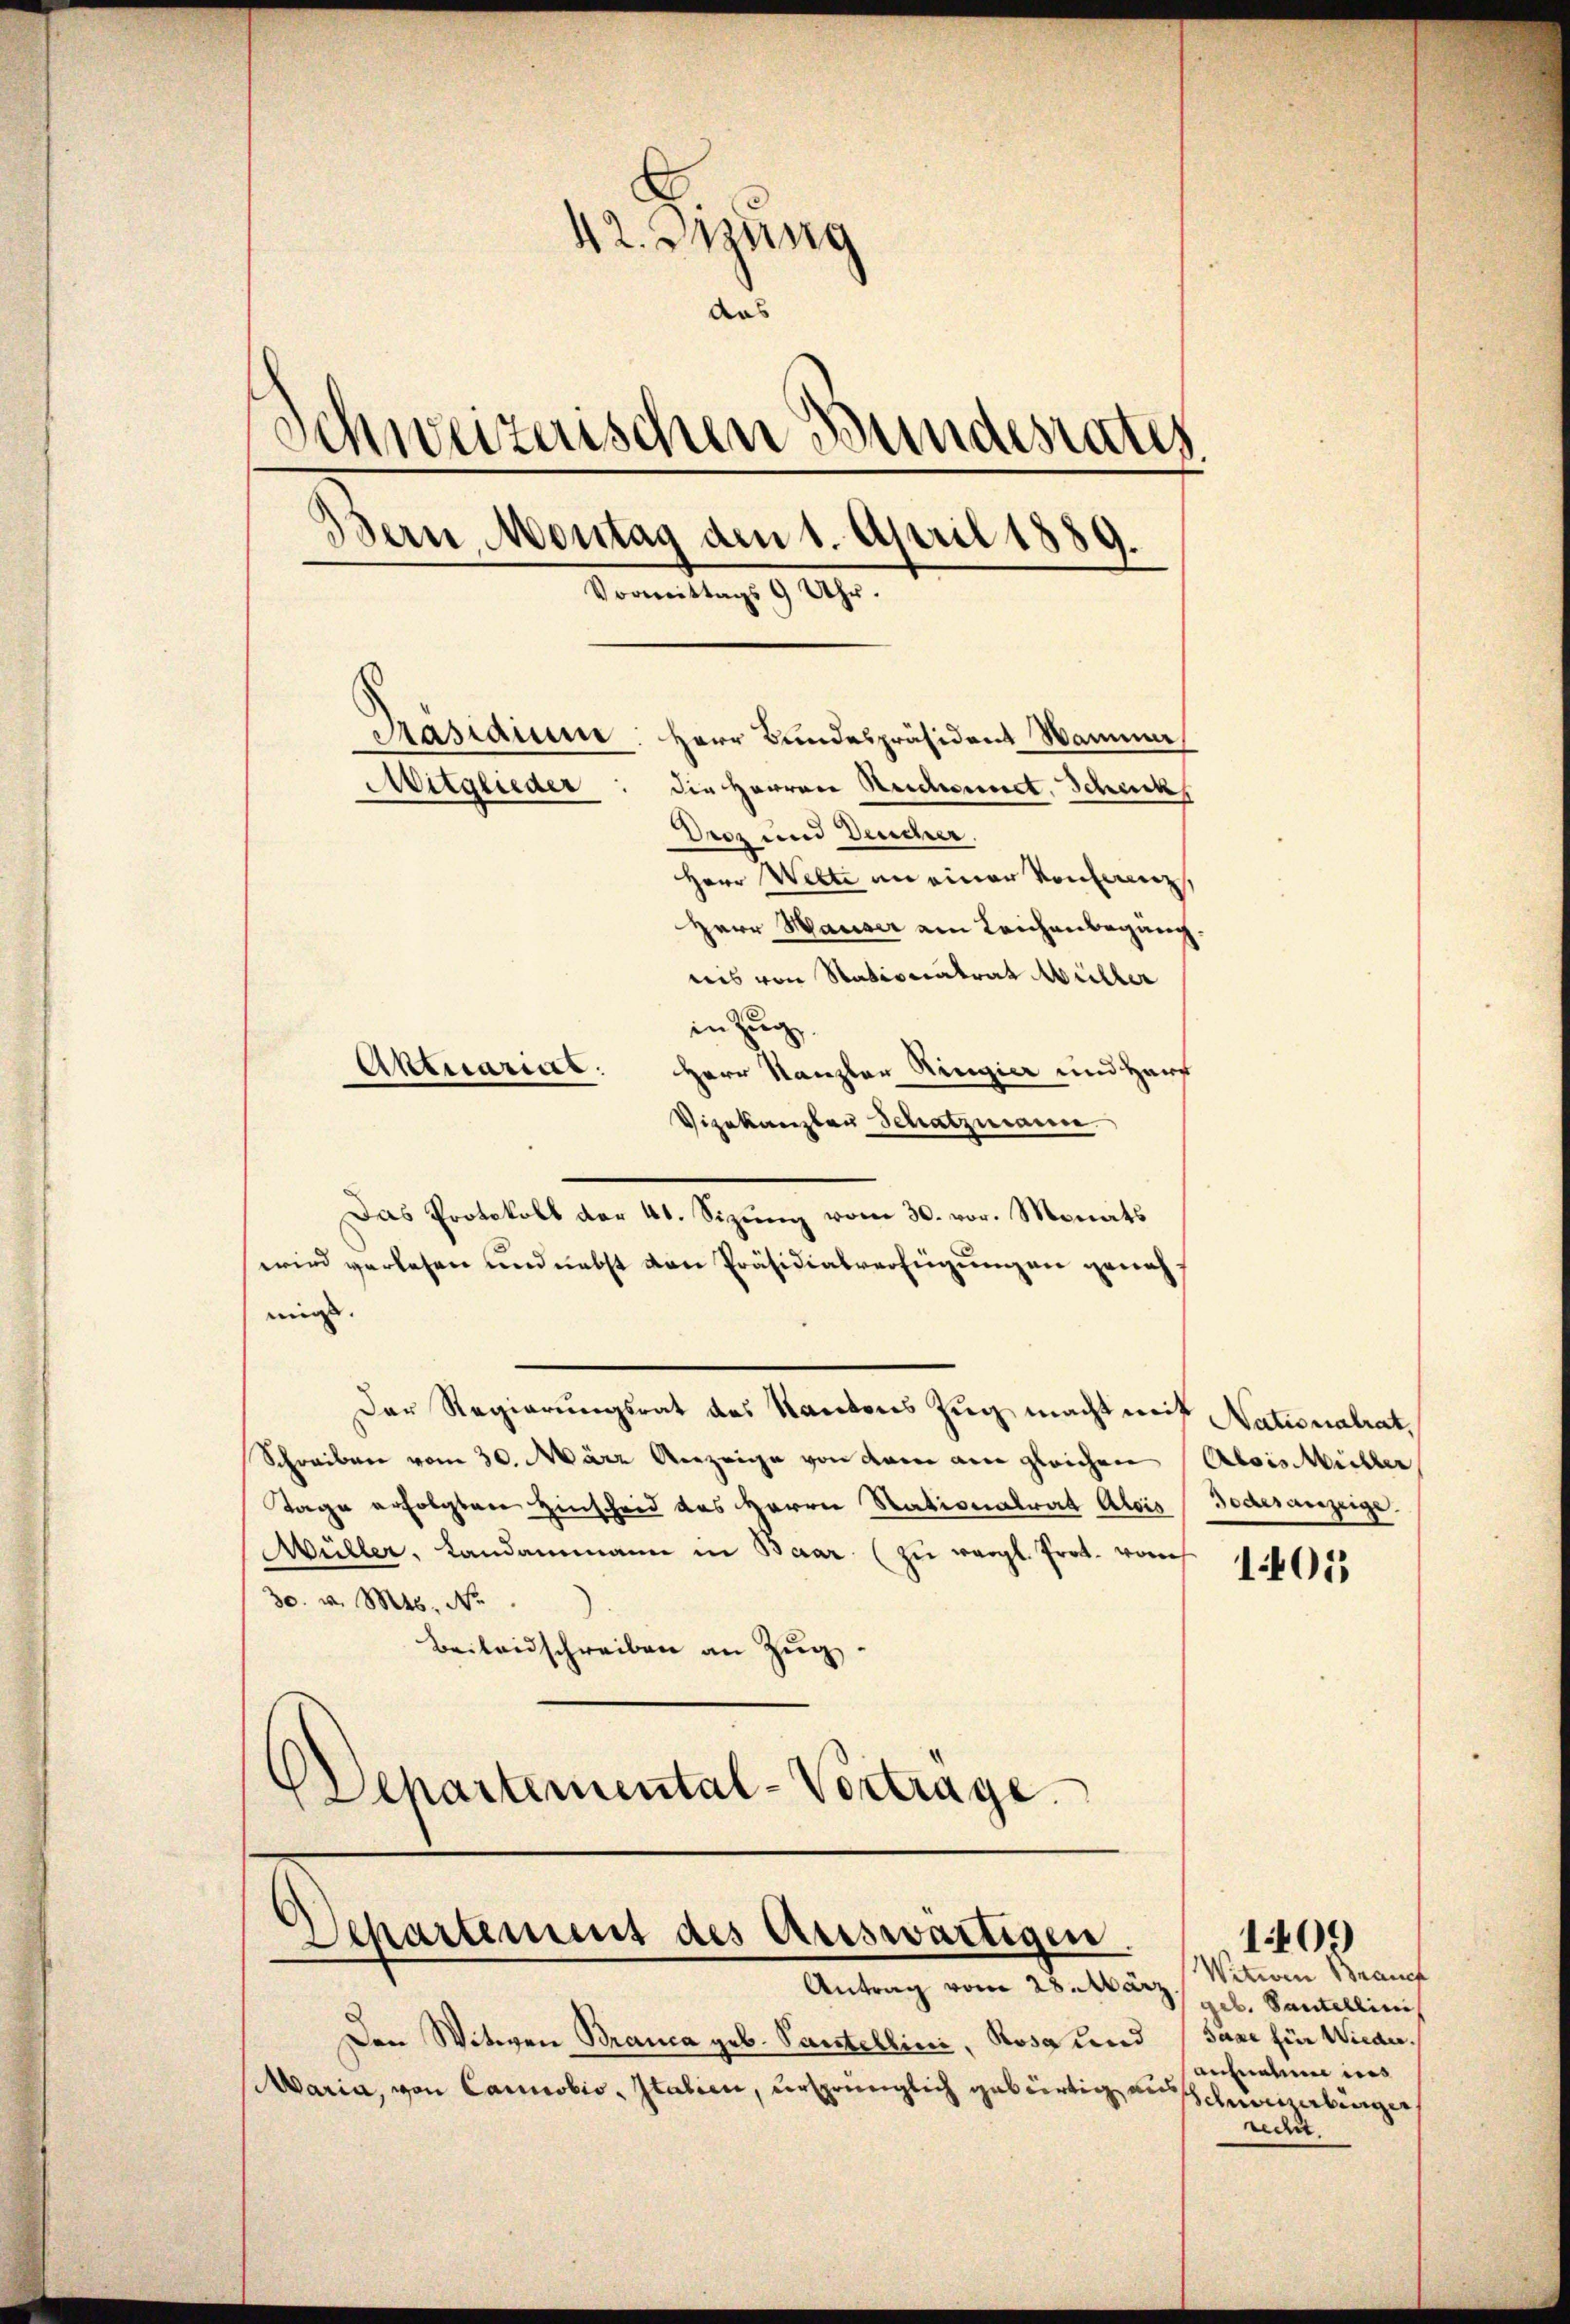
42. Dizung
aas
Schweizerischen Bundesrates.
Bern Montag den 1. April 1889.
Vormittags 9 Uhr.
Pasiauen Herr Bundespräsident Wamma
Mitglieder: die Herren Reichsenet. Scheck
Drez und Deucher.
Herr Welti an einer Konferen,
Herr Hauser am Leichenbegang.
ris von Stationatrat Müller
in Zug
Aktuariie
Herr Kanzler Ringier und Harf

Vizekanzler Schatzmann.
wird verlesen und nebst den Präsidialverfügungen genehmigt.
Der Regierungsrat des Kantons Zug macht mit Nationalrat,
Schreiben vom 30. März Anzeige von dem am gleichen Alois Müller
Tage erfolgten Hinscheid das Herrn Stationalrat Alois Todesanzeige.
Müller, Landammann in Baar (zŭ vergl. Prot. von 10055
30. v. Mts. No.
Beilandschreiben an Zug,
Schartemental-Vertrage

Das Protokoll der 41. Sizung vom 30. vor. Monats

Departement des Auswärtigen.
Antrag vom 28. März.

Den Witwen Branca geb. Partellini, Rosa und
Maria, von Carnobio, Italien, ursprünglich gebürtig aus

Witwen Brauch
geb. Santellinis
saxe für Wieder.
aufnahme ins
Schweizerbunger
redit.

109